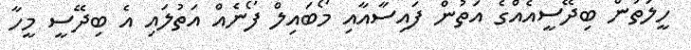
ހީލަތުން ބިދޭސީއެއްގެ އަތުން ފައިސާއާއި މޯބައިލް ފޯނެއް އަތުލައި އެ ބިދޭސީ މީހާ